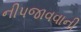
નીપજાવવાની